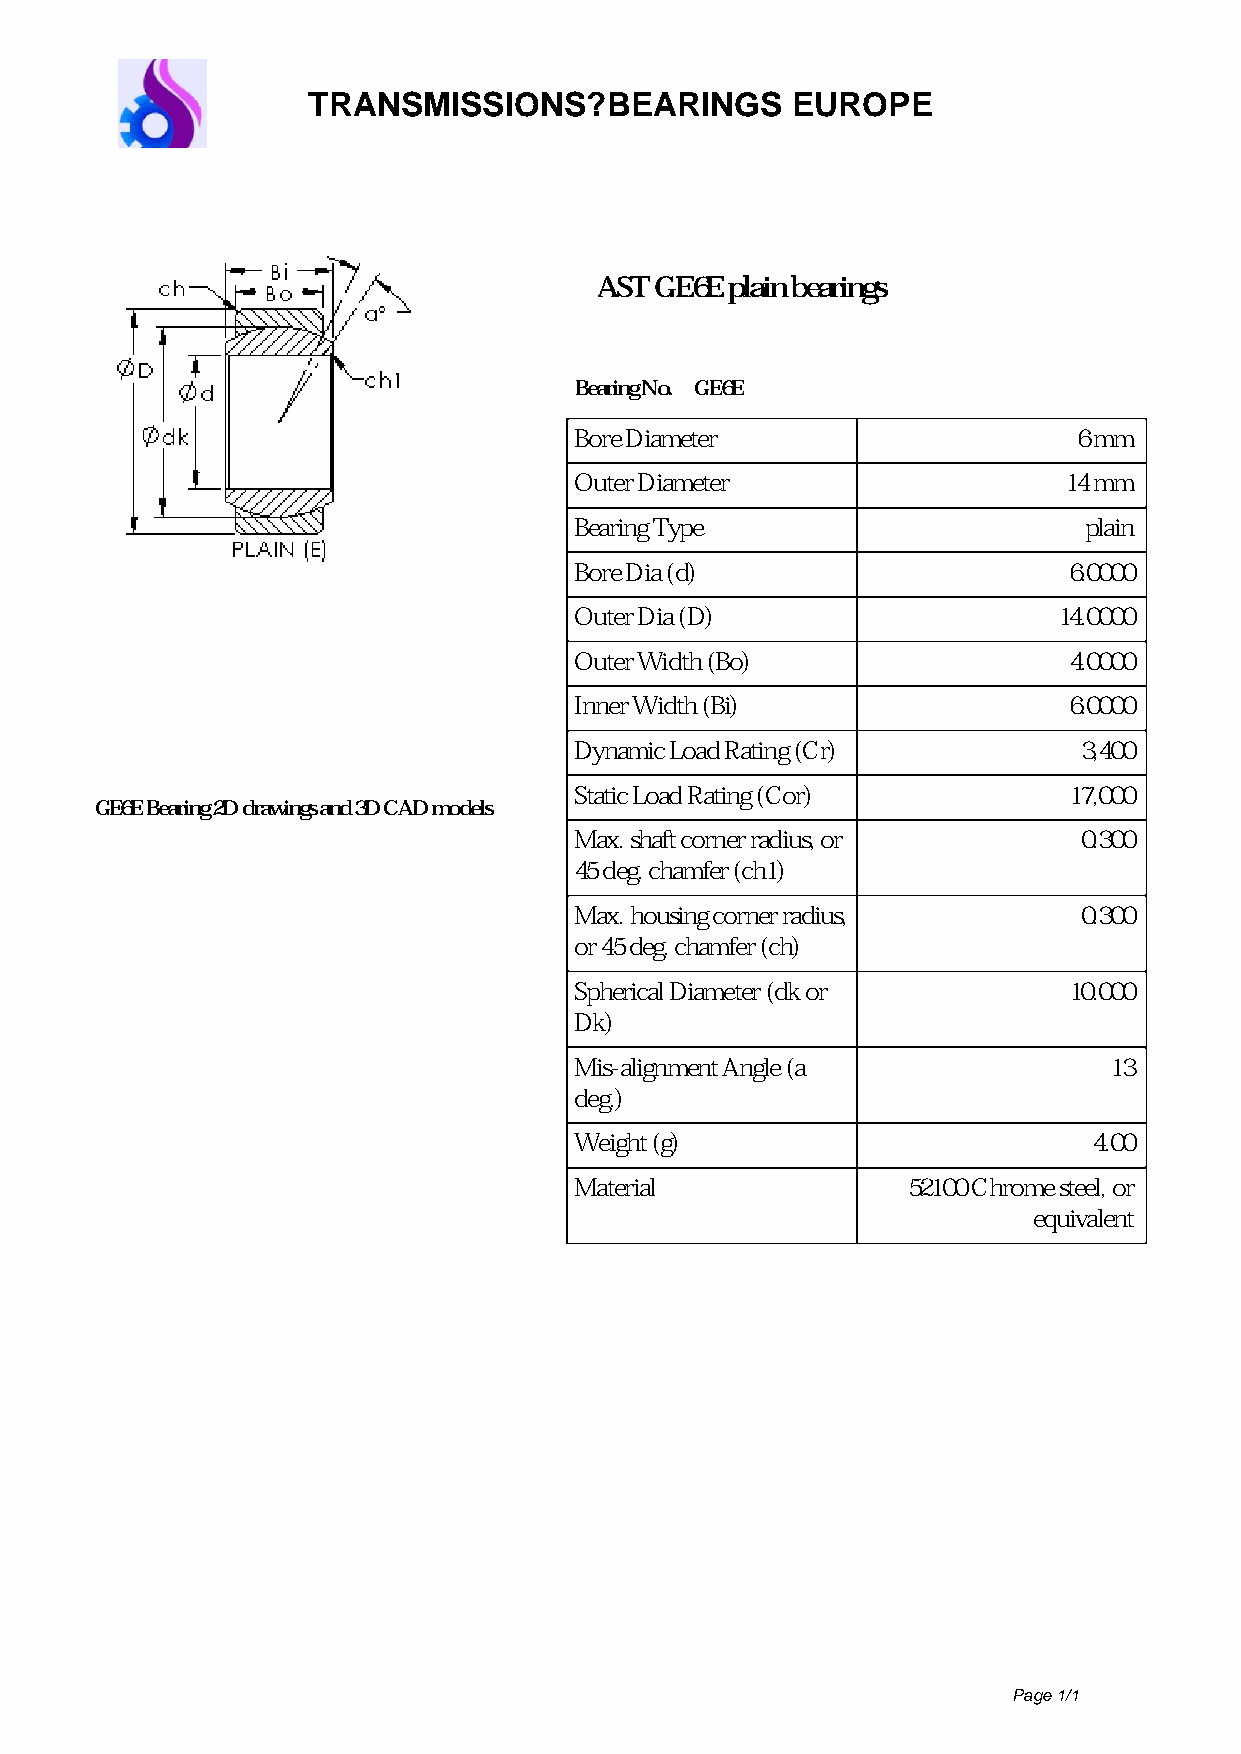
TRANSMISSIONS?BEARINGS          EUROPE
 AST GE6E plain bearings
 Bearing No. GE6E
 Bore Diameter                    6 mm
 Outer Diameter                  14 mm
 Bearing Type                      plain
 Bore Dia (d)                     6.0000
 Outer Dia (D)                   14.0000
 Outer Width (Bo)                 4.0000
 Inner Width (Bi)                 6.0000
 Dynamic Load Rating (Cr)          3,400
 Static Load Rating (Cor)         17,000
 GE6E Bearing 2D drawings and 3D CAD models
 Max. shaft corner radius, or      0.300
 45 deg. chamfer (ch1)
 Max. housing corner radius,       0.300
 or 45 deg. chamfer (ch)
 Spherical Diameter (dk or        10.000
 Dk)
 Mis-alignment Angle (a             13
 deg.)
 Weight (g)                        4.00
 Material              52100 Chrome steel, or
 equivalent
 Page 1/1
 Powered by TCPDF (www.tcpdf.org)